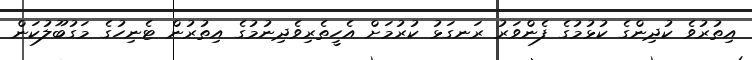
އިތުރުވެ ކުދިންގެ ކުޅުމުގެ ފެންވަރު ރަނގަޅު ކުރުމަށް އެހީތެރިވެދިނުމުގެ އިތުރުން ޓެނިހުގެ މަގުބޫލުކަން